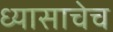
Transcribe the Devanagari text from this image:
ध्यासाचेच